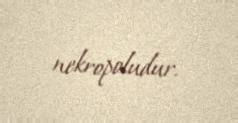
nekropoludur.